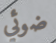
ضوئي